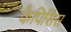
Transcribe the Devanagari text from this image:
कैपिसिस